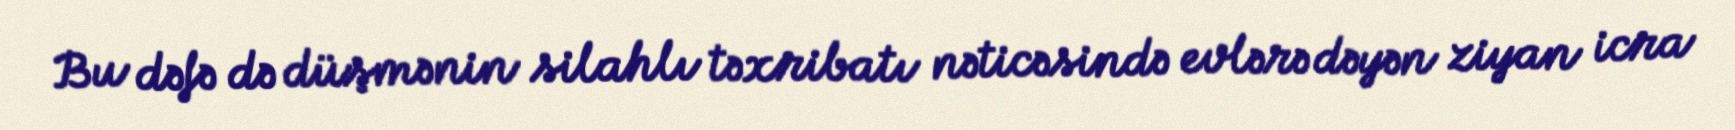
Bu dəfə də düşmənin silahlı təxribatı nəticəsində evlərə dəyən ziyan icra